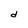
Character: d